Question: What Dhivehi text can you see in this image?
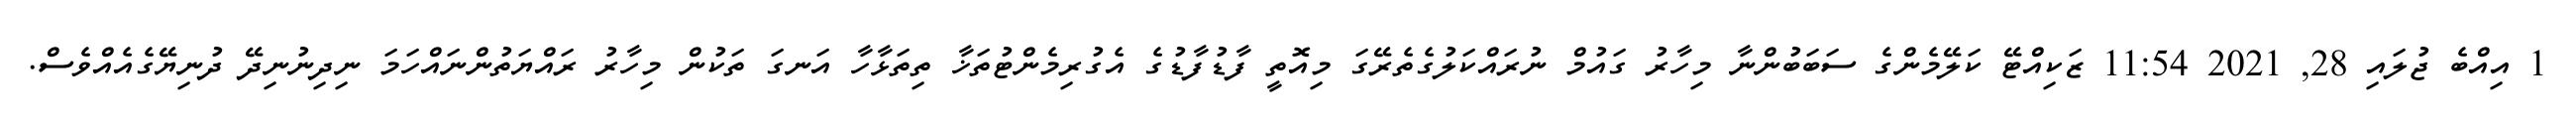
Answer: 1 އިއްބެ ޖުލައި 28, 2021 11:54 ޒަކިއްޓޭ ކަލޭމެންގެ ސަބަބުންނާ މިހާރު ގައުމް ނުރައްކަލުގެތެރޭގަ މިއޮތީ ފާޑުފާޑުގެ އެގުރިމެންޓުތަޚާ ތިތަޅާހާ އަނގަ ތަކުން މިހާރު ރައްޔަތުންނައްހަމަ ނިދިނުނިދޭ ދުނިޔޭގެއެއްވެސް.